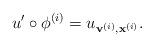
LaTeX: \begin{align*}u' \circ \phi^{(i)} = u_{{\bf v}^{(i)},{\bf x}^{(i)}}.\end{align*}